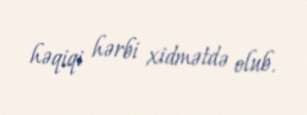
həqiqi hərbi xidmətdə olub.